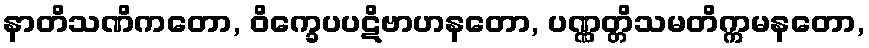
နာတိသဏိကတော, ဝိက္ခေပပဋိဗာဟနတော, ပဏ္ဏတ္တိသမတိက္ကမနတော,